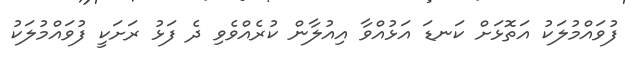
ފުވައްމުލަކު އަތޮޅަށް ކަނޑަ އަޅުއްވާ އިއުލާން ކުރެއްވެވި ދެ ފަޅު ރަށަކީ ފުވައްމުލަކު